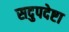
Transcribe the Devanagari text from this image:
सदुपदेष्टा